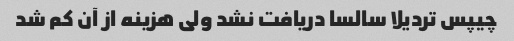
چیپس تردیلا سالسا دریافت نشد ولی هزینه از آن کم شد